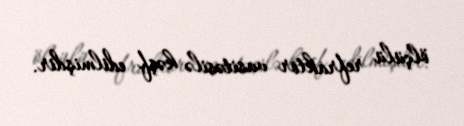
ölçülü refraktor vasitəsilə kəşf edilmişdir.